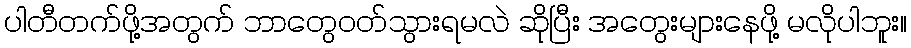
ပါတီတက်ဖို့အတွက် ဘာတွေဝတ်သွားရမလဲ ဆိုပြီး အတွေးများနေဖို့ မလိုပါဘူး။